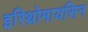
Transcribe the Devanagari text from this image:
इरिथ्रोमायसिन